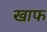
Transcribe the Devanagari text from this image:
खाफ